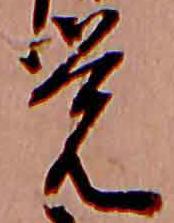
覚